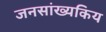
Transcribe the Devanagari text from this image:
जनसांख्यकिय